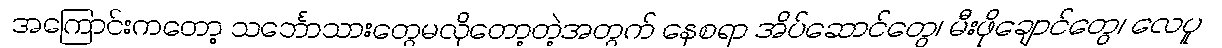
အကြောင်းကတော့ သင်္ဘောသားတွေမလိုတော့တဲ့အတွက် နေစရာ အိပ်ဆောင်တွေ၊ မီးဖိုချောင်တွေ၊ လေပူ